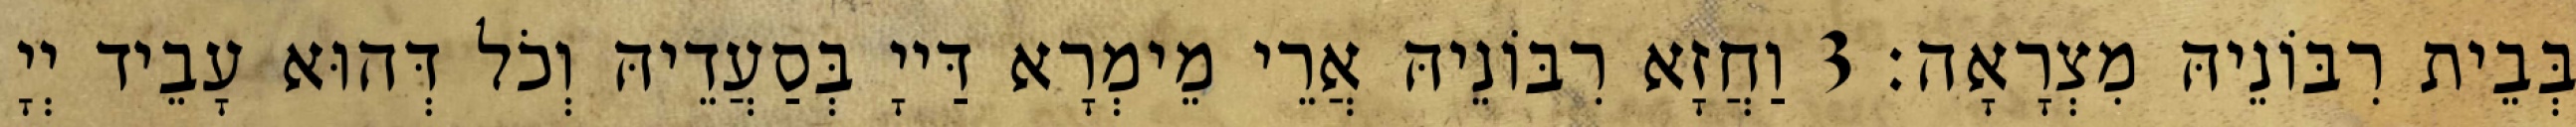
בְּבֵית רִבּוֹנֵיהּ מִצְרָאָה׃ 3 וַחֲזָא רִבּוֹנֵיהּ אֲרֵי מֵימְרָא דַּייָ בְּסַעֲדֵיהּ וְכֹל דְּהוּא עָבֵיד יְיָ